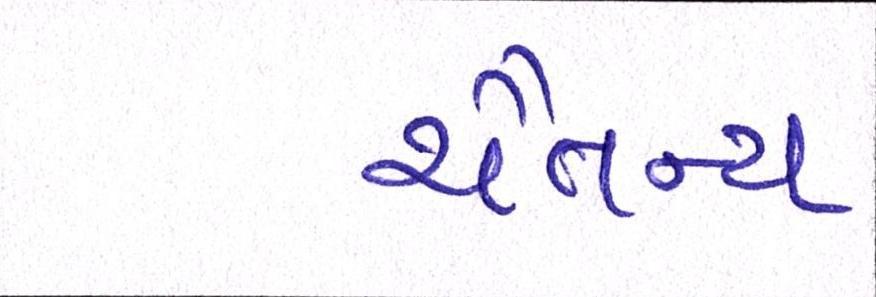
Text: ચૈતન્ય